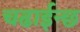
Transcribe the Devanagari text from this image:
चढाईन्छ